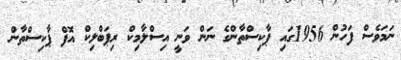
ނަމަވެސް ފަހުން 1956ގައި ޕާކިސްތާންގެ ނަން ވަނީ އިސްލާމިކް ރިޕަބްލިކް އޮފް ޕާކިސްތާން